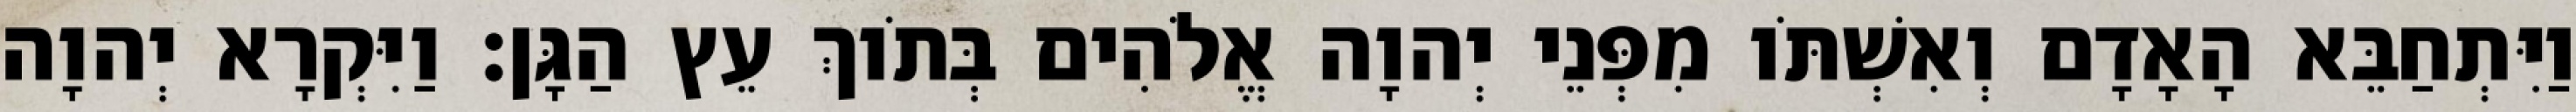
וַיִּתְחַבֵּא הָאָדָם וְאִשְׁתֹּו מִפְּנֵי יְהוָה אֱלֹהִים בְּתֹוךְ עֵץ הַגָּן׃ וַיִּקְרָא יְהוָה